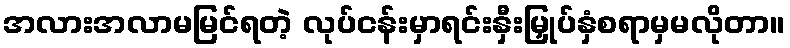
အလားအလာမမြင်ရတဲ့ လုပ်ငန်းမှာရင်းနှီးမြှုပ်နှံစရာမှမလိုတာ။